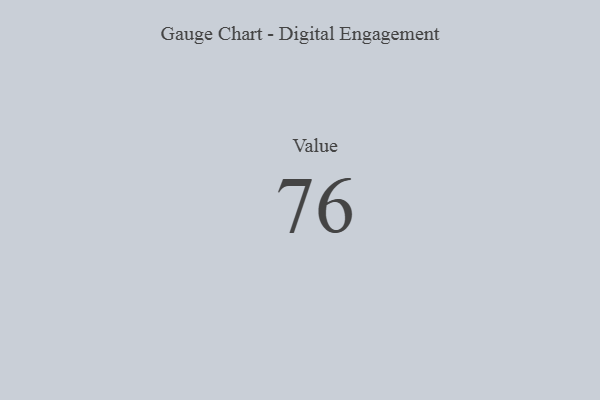
{"axis": {"x": "Metric", "y": "Value"}, "legend": [""], "data": [{"x": "Value", "y": 76, "type": ""}]}